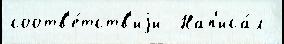
соотв'е́тств'иjи  Нап'иса́л